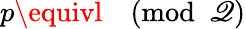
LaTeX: p\equivl{\pmod{\mathscr{Q}}}